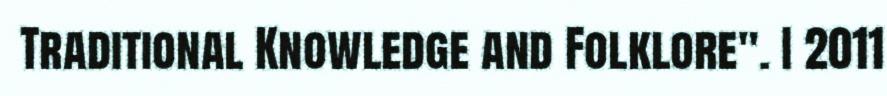
Traditional Knowledge and Folklore". I 2011